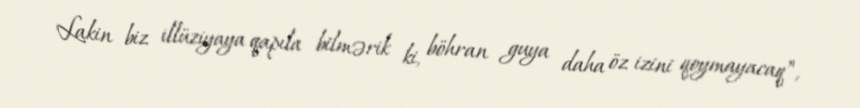
Lakin biz illüziyaya qapıla bilmərik ki, böhran guya daha öz izini qoymayacaq”,